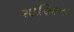
શાહિદના